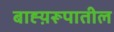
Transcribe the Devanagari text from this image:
बाह्य़रूपातील